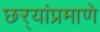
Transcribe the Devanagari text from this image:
छर्‍यांप्रमाणे